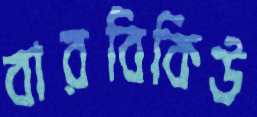
বারবিকিউ